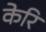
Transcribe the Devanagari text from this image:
केरि